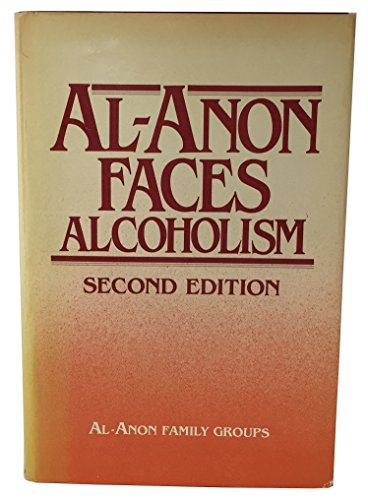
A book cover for Al Anon Faces Alcoholism; Al-Anon Family Group Head Inc; Parenting & Relationships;